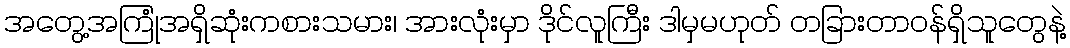
အတွေ့အကြုံအရှိဆုံးကစားသမား၊ အားလုံးမှာ ဒိုင်လူကြီး ဒါမှမဟုတ် တခြားတာဝန်ရှိသူတွေနဲ့